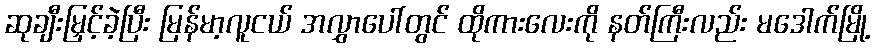
ဆုချီးမြှင့်ခဲ့ပြီး မြန်မာ့လူငယ် အလွှာပေါ်တွင် ထိုကားလေးကို နတ်ကြီးလည်း မဒေါက်မြို့